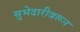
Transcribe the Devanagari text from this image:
सुभेदारीवरून